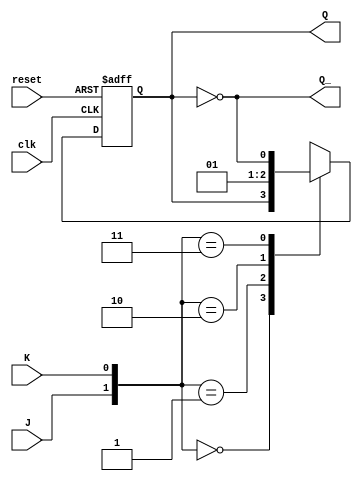
module jk_flip_flop (
    input J,
    input K,
    input clk,
    input reset,
    output reg Q,
    output reg Q_
);

reg state;

always @(posedge clk or posedge reset) begin
    if (reset)
        state <= 1'b0;
    else begin
        case({J, K})
            2'b00: state <= state; // No change
            2'b01: state <= 1'b0;  // RESET
            2'b10: state <= 1'b1;  // SET
            2'b11: state <= ~state; // TOGGLE
            default: state <= state;
        endcase
    end
end

assign Q = state;
assign Q_ = ~state;

endmodule